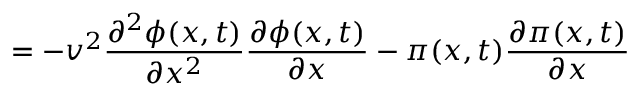
= - v ^ { 2 } \frac { \partial ^ { 2 } \phi ( x , t ) } { \partial x ^ { 2 } } \frac { \partial \phi ( x , t ) } { \partial x } - \pi ( x , t ) \frac { \partial \pi ( x , t ) } { \partial x }